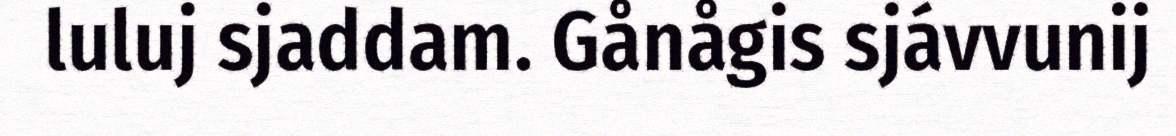
luluj sjaddam. Gånågis sjávvunij